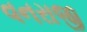
વનરાજી